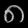
Digit: ၈